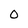
Character: 0